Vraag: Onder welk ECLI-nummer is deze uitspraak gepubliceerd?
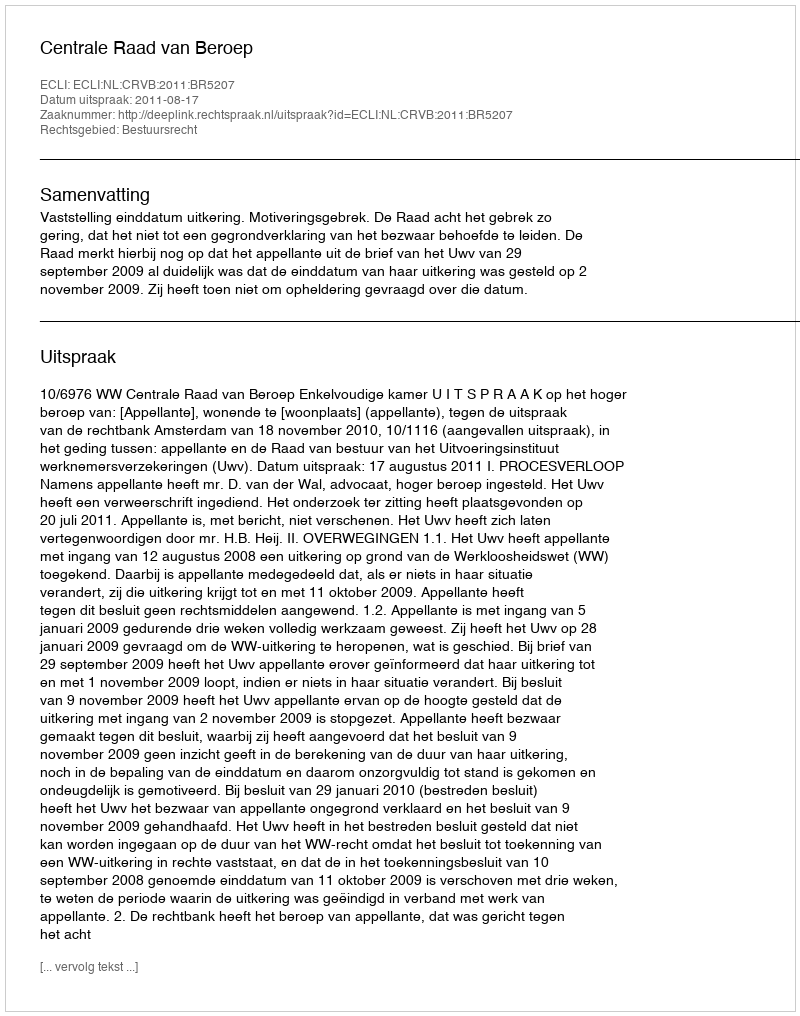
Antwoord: ECLI:NL:CRVB:2011:BR5207